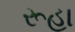
રૂહા